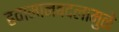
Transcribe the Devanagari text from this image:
हवामानबदलामुळे